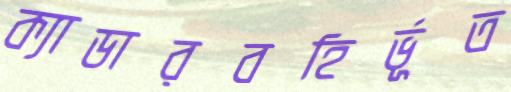
ক্যাডারবহির্ভূত